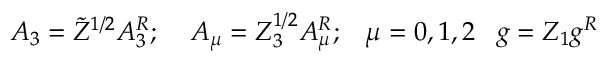
A _ { 3 } = \widetilde { Z } ^ { 1 / 2 } A _ { 3 } ^ { R } ; \; \; \; \; A _ { \mu } = Z _ { 3 } ^ { 1 / 2 } A _ { \mu } ^ { R } ; \; \; \; \mu = 0 , 1 , 2 \; \; \; g = Z _ { 1 } g ^ { R }